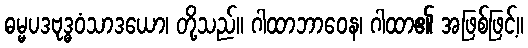
ဓမ္မပဒဗုဒ္ဓဝံသာဒယော၊ တို့သည်။ ဂါထာဘာဝေန၊ ဂါထာ၏ အဖြစ်ဖြင့်။